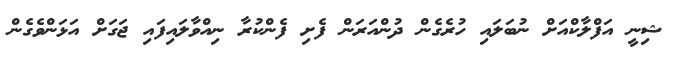
ޝިނީ އަފްލާކްއަށް ނުބަލައި ހުރެގެން ދުންއަރަން ފެށި ފެންކުރާ ނިއްވާލައިފައި ޖަގަށް އަޅަންވެގެން